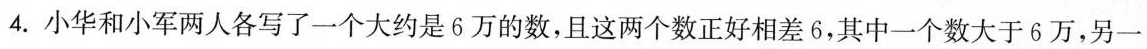
4.小华和小军两人各写了一个大约是6万的数，且这两个数正好相差6，其中一个数大于6万，另一